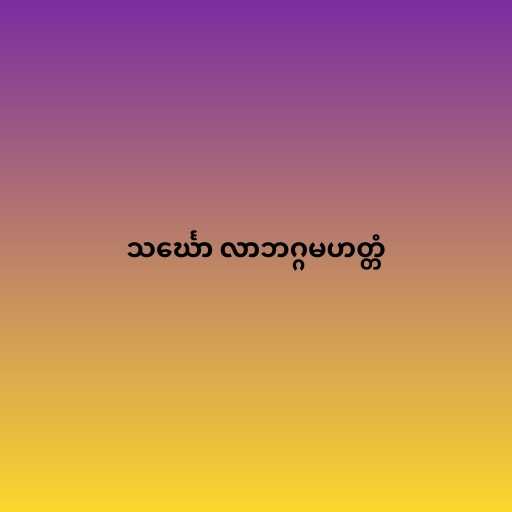
သင်္ဃော လာဘဂ္ဂမဟတ္တံ